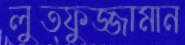
লুত্ফুজ্জামান